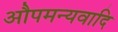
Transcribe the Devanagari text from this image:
औपमन्यवादि